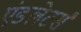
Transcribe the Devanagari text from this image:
एंडलेटर्स